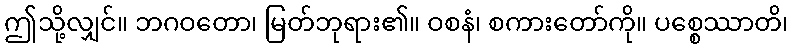
ဤသို့လျှင်။ ဘဂဝတော၊ မြတ်ဘုရား၏။ ဝစနံ၊ စကားတော်ကို။ ပစ္စေဿာတိ၊